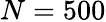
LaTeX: N=500